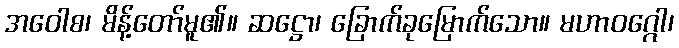
အဝေါစ၊ မိန့်တော်မူ၏။ ဆဋ္ဌော၊ ခြောက်ခုမြောက်သော။ မဟာဝဂ္ဂေါ၊